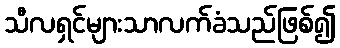
သီလရှင်များသာလက်ခံသည်ဖြစ်၍